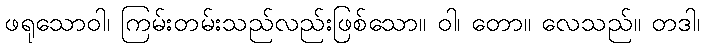
ဖရုသောဝါ၊ ကြမ်းတမ်းသည်လည်းဖြစ်သော။ ဝါ၊ တော။ လေသည်။ တဒါ၊